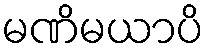
မဏိမယာပိ